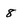
Character: 8